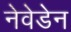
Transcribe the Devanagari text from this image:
नेवेडेन